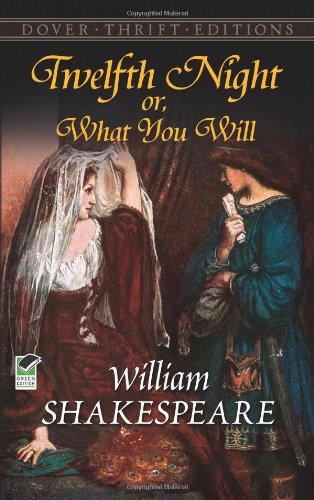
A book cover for Twelfth Night, Or, What You Will (Dover Thrift Editions); William Shakespeare; Romance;